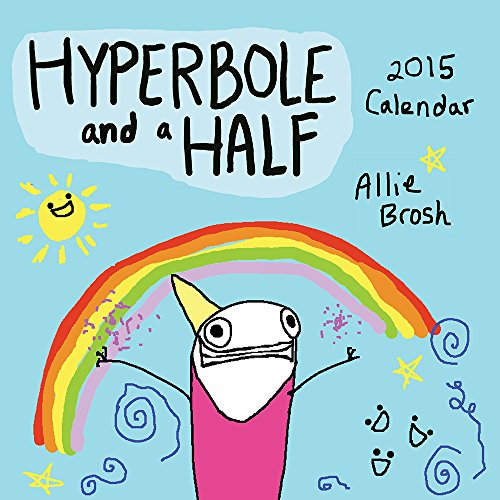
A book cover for Hyperbole and a Half 2015 Wall Calendar; Allie Brosh; Calendars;